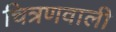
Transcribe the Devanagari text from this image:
चित्रणवाली